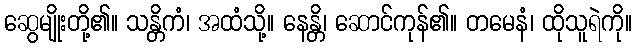
ဆွေမျိုးတို့၏။ သန္တိကံ၊ အထံသို့။ နေန္တိ၊ ဆောင်ကုန်၏။ တမေနံ၊ ထိုသူရဲကို။